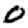
Digit: 0